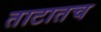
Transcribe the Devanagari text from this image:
ताटातच